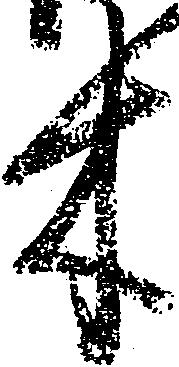
木